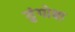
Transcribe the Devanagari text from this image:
डुंगोबा